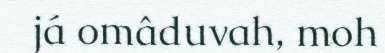
já omâduvah, moh